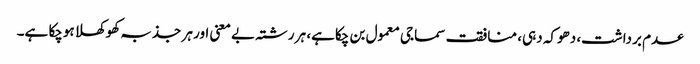
عدم برداشت، دھوکہ دہی، منافقت سماجی معمول بن چکاہے، ہر رشتہ بے معنی اور ہر جذبہ کھوکھلا ہوچکا ہے۔